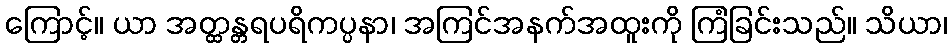
ကြောင့်။ ယာ အတ္ထန္တရပရိကပ္ပနာ၊ အကြင်အနက်အထူးကို ကြံခြင်းသည်။ သိယာ၊